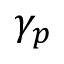
\gamma _ { p }